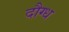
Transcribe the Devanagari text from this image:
दौग्ध